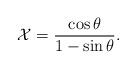
LaTeX: \begin{align*}{\cal X} = \frac{\cos \theta}{1 - \sin \theta}.\end{align*}